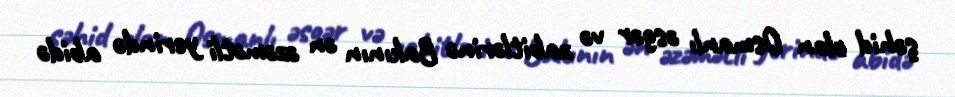
şəhid olan Osmanlı əsgər və zabitlərinə Bakının ən əzəmətli yerində abidə